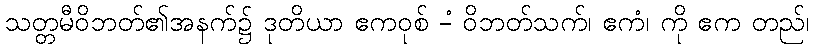
သတ္တမီဝိဘတ်၏အနက်၌ ဒုတိယာ ဧကဝုစ် -ံ ဝိဘတ်သက်၊ ဧကံ၊ ကို ဧက တည်၊